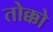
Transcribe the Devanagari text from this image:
तोक्को